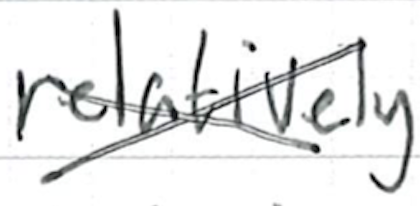
Text: relatively
Cross-out: cross
Writing tool: ballpoint